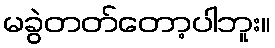
မခွဲတတ်တော့ပါဘူး။